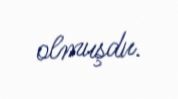
olmuşdu.